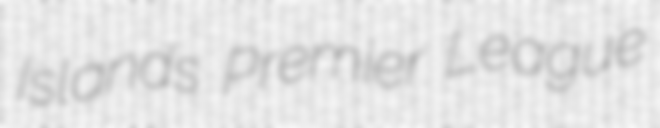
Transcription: Islands Premier League